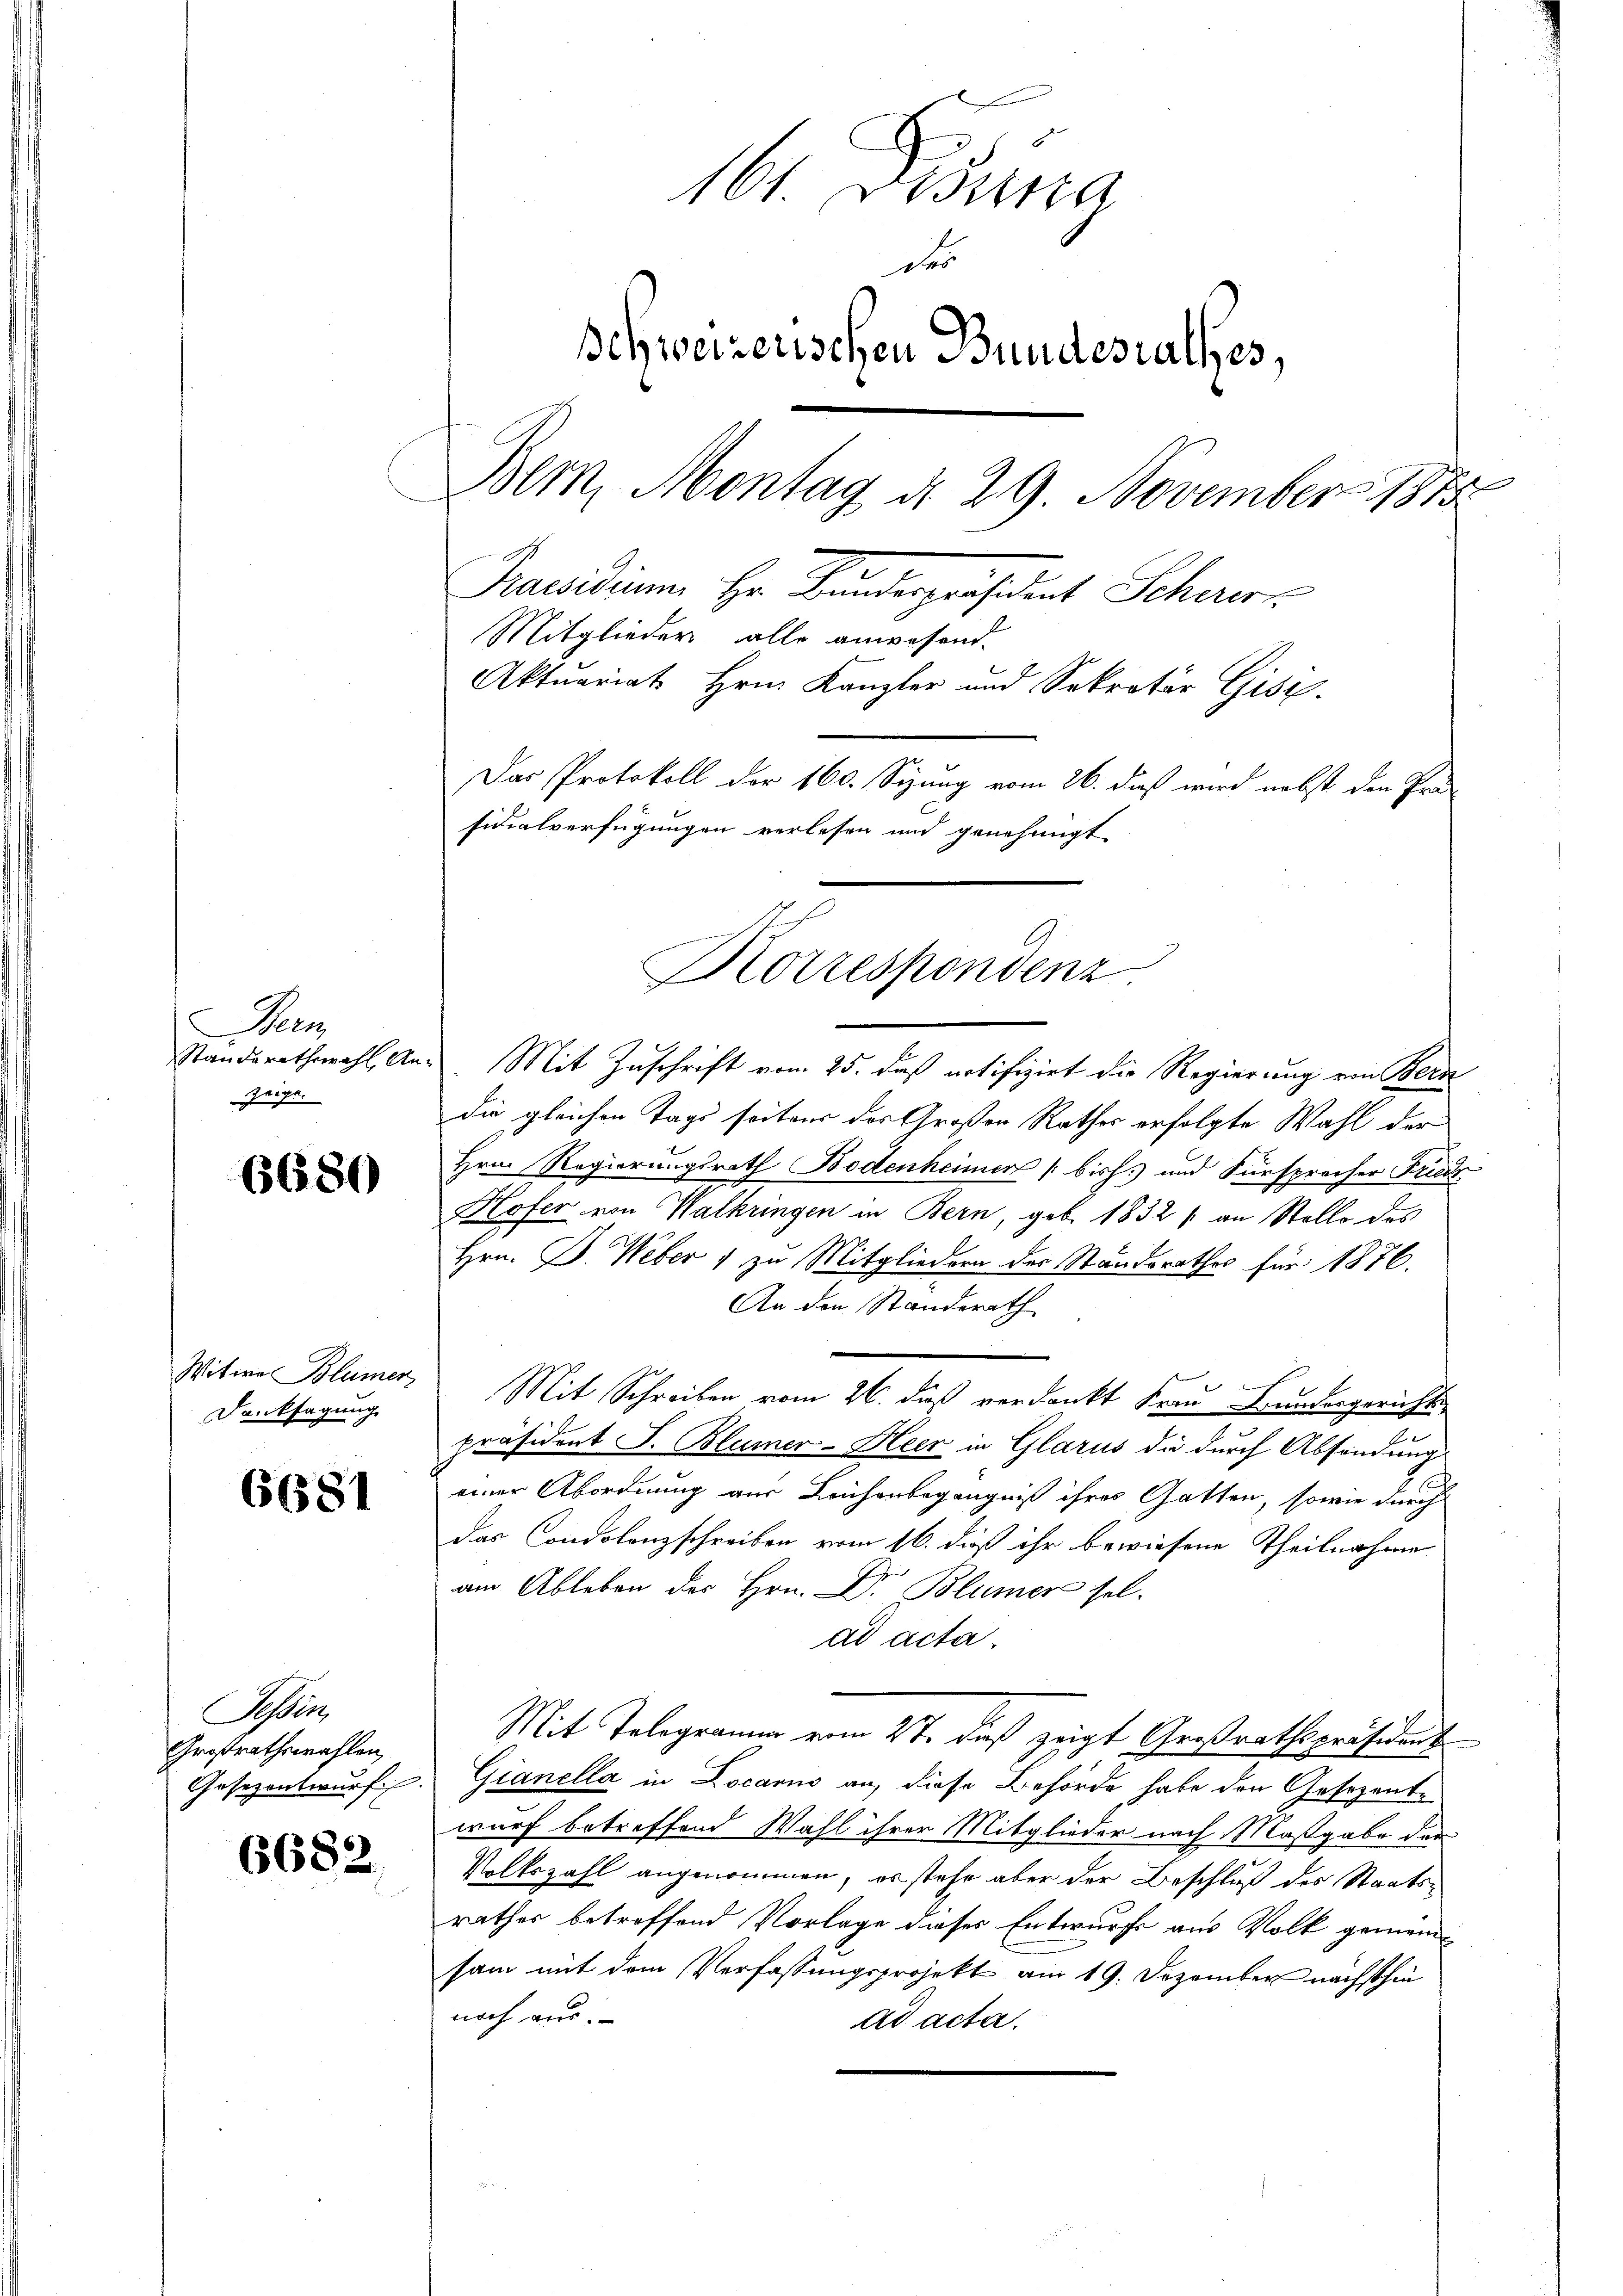
Bern
Standerathswahl, An-
zeige.

6680

Witwe Blümer
Danksagung

6681

Sen
Großrathswahlen,
Gesezentwurf

6682.

161. Disung
der
Schweizerischen Bundesrathes,
Bern, Montag d. 29. November 1815
Praesidium. Hr. Bundespräsident Schwerz
Mitglieder alle anwesend.
Aktuariat Hrn. Kanzler und Sekretär Gisi-
Das Protokoll der 160. Syung vom 26. daß wird nebst den Prä-
sidialverfügungen verlesen und genehmigt

Mit Zuschrift vom 25. daß notifizirt die Regierung von Bern
die gleichen Tags seitens das Großen Rathes erfolgte Wahl der
Hrn. Regierungsrath Bodenheimer bish.) und Fürsprecher Friedr
Kofer von Walkringen in Bern, geb. 1832 s an Stelle des
Hrn. B. Weber 1 zu Mitgliedern der Standsrathes für 1876.
An den Standerath
e
E
Mit Schreiben vom 26. daß verdankt Frau Grundergerichtspräsident J. Blümer-Heer in Glarus die durch Absendung
einer Abordnung zur Leichenbegängniß ihres Gatten, sowie durch
das Condolenzschreiben vom 16. dieß ihr bewiesene Theilnahme
am Ableben des Hrn. Dr. Blümer sel.
ad acta.
Mit Telegramm vom 2t. dieß zeigt Großrathspräsident
Gianella in Locario an diese Behörde habe den Gesezentwurf betreffend Wahl ihrer Mitglieder nach Maßgabe der
Volkszahl angenommen, es stehe aber der Beschluß des Staatsrathes betroffend Vorlage dieser Entwurfs aus Volk gemeinsam mit dem Verfassungsprojekt am 19. Dezember nächsthin
noch aus.
ad acta.

Korrespondenz